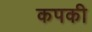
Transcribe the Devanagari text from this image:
कपकी